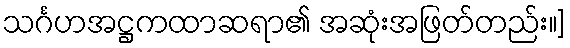
သင်္ဂဟအဋ္ဌကထာဆရာ၏ အဆုံးအဖြတ်တည်း။]